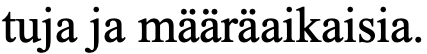
tuja ja määräaikaisia.